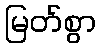
မြတ်စွာ